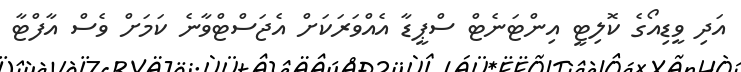
އަދި ވީޑިއޯގެ ކޮލިޓީ އިންޓަނެޓް ސްޕީޑާ އެއްވަރަކަށް އެޖަސްޓްވާނެ ކަމަށް ވެސް އާފްޓާ